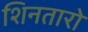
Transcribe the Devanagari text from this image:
शिनतारो